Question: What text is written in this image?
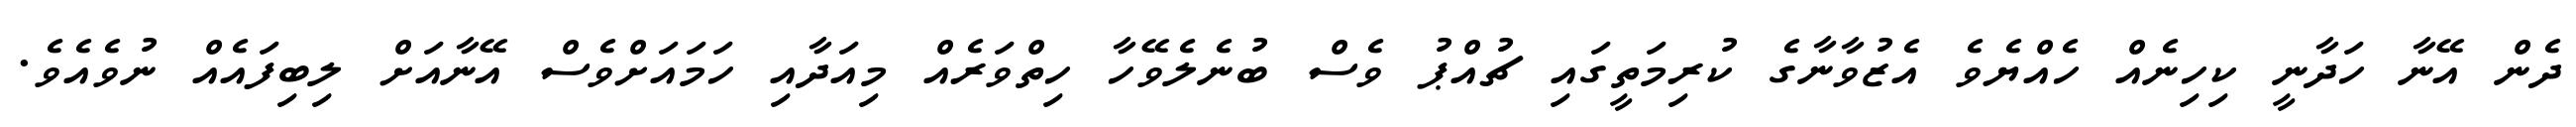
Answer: ދެން އޭނާ ހަދާނީ ކިހިނެއް ހެއްޔެވެ އެޒުވާނާގެ ކުރިމަތީގައި ޗުއްޕު ވެސް ބުނެލެވޭހާ ހިތްވަރެއް މިއަދާއި ހަމައަށްވެސް އޭނާއަށް ލިބިފައެއް ނުވެއެވެ.